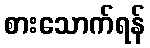
စားသောက်ရန်